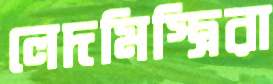
লেদমিস্ত্রিরা